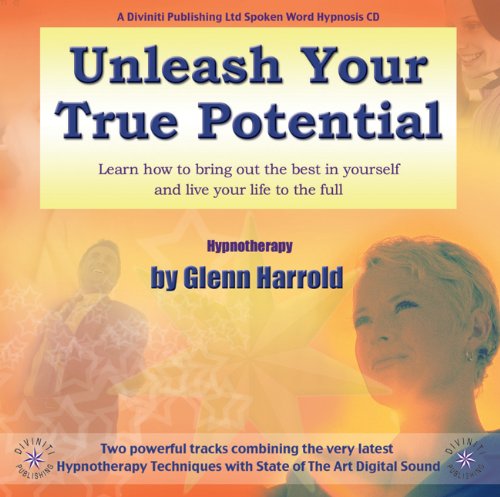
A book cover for Unleash Your True Potential (Diviniti) (Diviniti) (Diviniti); Glenn Harrold; Self-Help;